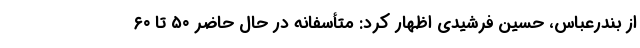
از بندرعباس، حسین فرشیدی اظهار کرد: متأسفانه در حال حاضر ۵۰ تا ۶۰